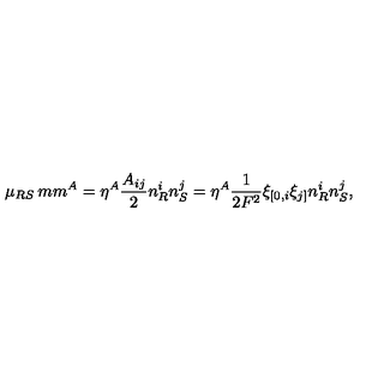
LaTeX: \mu _ { R S } \hspace * { 2 m m } ^ { A } = \eta ^ { A } \frac { A _ { i j } } { 2 } n _ { R } ^ { i } n _ { S } ^ { j } = \eta ^ { A } \frac { 1 } { 2 F ^ { 2 } } \xi _ { [ 0 , i } \xi _ { j ] } n _ { R } ^ { i } n _ { S } ^ { j } ,